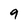
Character: 9